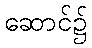
ဆောင်၌